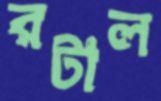
রটাল